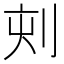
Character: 𠜇